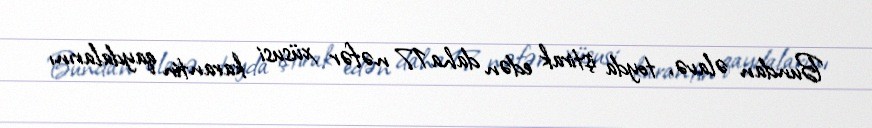
Bundan əlavə, toyda iştirak edən daha 17 nəfər xüsusi karantin qaydalarını